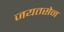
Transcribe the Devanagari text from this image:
जयतसेन